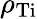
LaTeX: \rho_{\mathrm{Ti}}